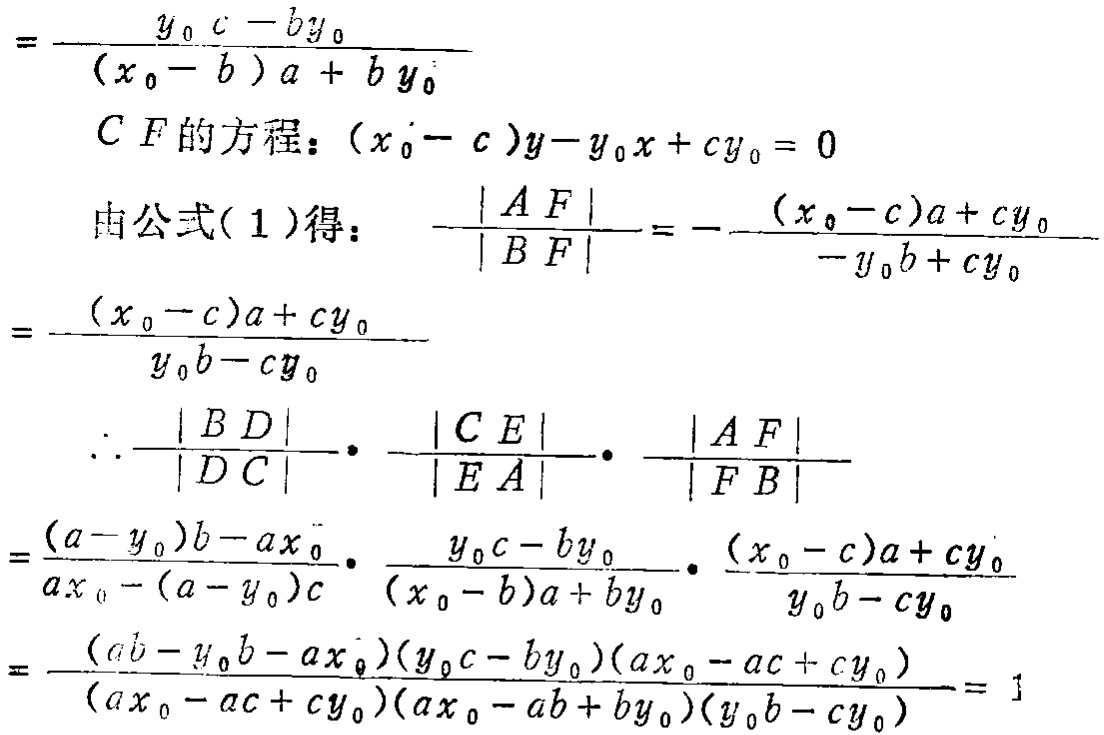
\[
\begin{align*}
&=\frac{y_{0}c - by_{0}}{(x_{0}-b)a + by_{0}}\\
&CF的方程：(x_{0}-c)y - y_{0}x + cy_{0}=0\\
&由公式(1)得：\frac{|AF|}{|BF|}=-\frac{(x_{0}-c)a + cy_{0}}{-y_{0}b + cy_{0}}=\frac{(x_{0}-c)a + cy_{0}}{y_{0}b - cy_{0}}\\
&\therefore\frac{|BD|}{|DC|}\cdot\frac{|CE|}{|EA|}\cdot\frac{|AF|}{|FB|}\\
&=\frac{(a - y_{0})b - ax_{0}}{ax_{0}-(a - y_{0})c}\cdot\frac{y_{0}c - by_{0}}{(x_{0}-b)a + by_{0}}\cdot\frac{(x_{0}-c)a + cy_{0}}{y_{0}b - cy_{0}}\\
&=\frac{(ab - y_{0}b - ax_{0})(y_{0}c - by_{0})(ax_{0}-ac + cy_{0})}{(ax_{0}-ac + cy_{0})(ax_{0}-ab + by_{0})(y_{0}b - cy_{0})}=1
\end{align*}
\]